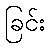
ခြင်း